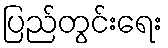
ပြည်တွင်းရေး